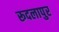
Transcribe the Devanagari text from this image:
रूदलापुर